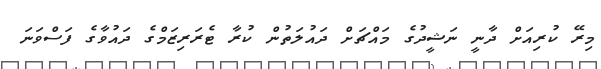
މިރޭ ކުރިއަށް ދާނީ ނަޝީދުގެ މައްޗަށް ދައުލަތުން ކުރާ ޓެރަރިޒަމްގެ ދައުވާގެ ފަސްވަނަ